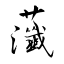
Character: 虃